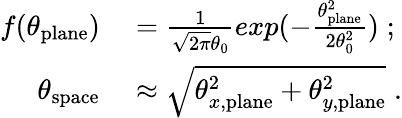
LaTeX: \begin{array}{rl}{f(\theta_{\mathrm{plane}})}&{{}=\frac{1}{\sqrt{2\pi}\theta_{0}}exp(-\frac{\theta_{\mathrm{plane}}^{2}}{2\theta_{0}^{2}})\; ;}\\ {\theta_{\mathrm{space}}}&{{}\approx\sqrt{\theta_{x,\mathrm{plane}}^{2}+\theta_{y,\mathrm{plane}}^{2}}\; .}\end{array}